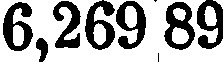
6,269 89